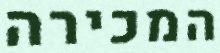
המכירה